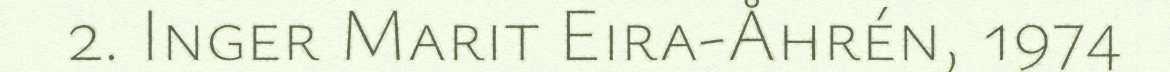
2. Inger Marit Eira-Åhrén, 1974